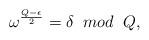
LaTeX: \begin{align*} \omega^\frac{Q-\epsilon}{2}=\delta\;\; mod \;\;Q,\;\;\;\; \end{align*}